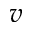
\boldsymbol { v }